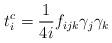
LaTeX: \begin{align*}t_i^c=\frac{1}{4i}f_{ijk}\gamma_j\gamma_k\end{align*}